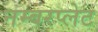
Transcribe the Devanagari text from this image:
नम्बरप्लेट